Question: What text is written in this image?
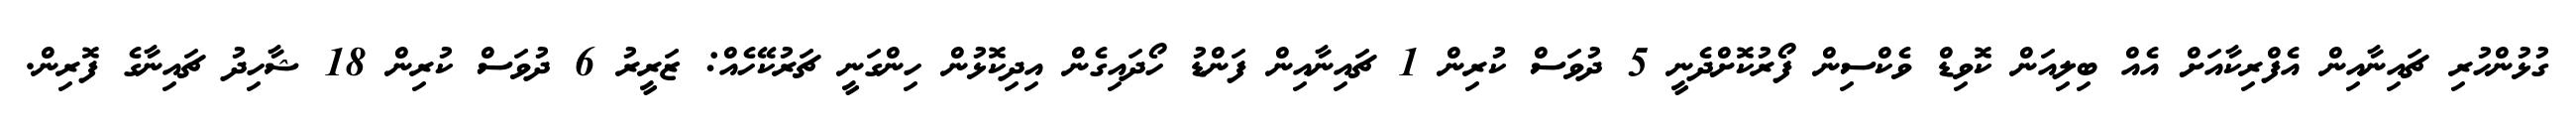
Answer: ގުޅުންހުރި ޗައިނާއިން އެފްރިކާއަށް އެއް ބިލިއަން ކޮވިޑް ވެކްސިން ފޯރުކޮށްދެނީ 5 ދުވަސް ކުރިން 1 ޗައިނާއިން ފަންޑު ހޯދައިގެން އިދިކޮޅުން ހިންގަނީ ޗަރުކޭހެއް: ޒަރީރު 6 ދުވަސް ކުރިން 18 ޝާހިދު ޗައިނާގެ ފޮރިން.